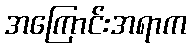
အကြောင်းအရာက